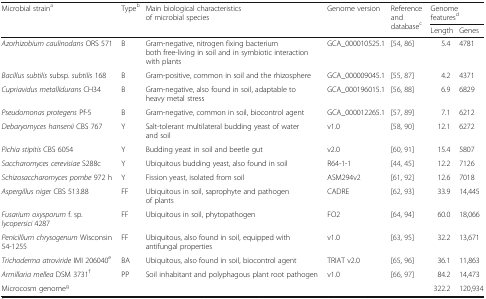
| <ROWSPAN=2> Microbial straina | <ROWSPAN=2> Typeb | <ROWSPAN=2> Main biological characteristics of microbial species | <ROWSPAN=2> Genome version | <ROWSPAN=2> Reference and databasec | <COLSPAN=2> Genome featuresd |
 | Length | Genes |
 | --- | --- | --- | --- | --- | --- | --- |
 | Azorhizobium caulinodans ORS 571 | B | Gram-negative, nitrogen fixing bacterium both free-living in soil and in symbiotic interaction with plants | GCA_000010525.1 | [54, 86] | 5.4 | 4781 |
 | Bacillus subtilis subsp. subtilis 168 | B | Gram-positive, common in soil and the rhizosphere | GCA_000009045.1 | [55, 87] | 4.2 | 4371 |
 | Cupriavidus metallidurans CH34 | B | Gram-negative, also found in soil, adaptable to heavy metal stress | GCA_000196015.1 | [56, 88] | 6.9 | 6829 |
 | Pseudomonas protegens Pf-5 | B | Gram-negative, common in soil, biocontrol agent | GCA_000012265.1 | [57, 89] | 7.1 | 6212 |
 | Debaryomyces hansenii CBS 767 | Y | Salt-tolerant multilateral budding yeast of water and soil | v1.0 | [58, 90] | 12.1 | 6272 |
 | Pichia stipitis CBS 6054 | Y | Budding yeast in soil and beetle gut | v2.0 | [60, 91] | 15.4 | 5807 |
 | Saccharomyces cerevisiae S288c | Y | Ubiquitous budding yeast, also found in soil | R64-1-1 | [44, 45] | 12.2 | 7126 |
 | Schizosaccharomyces pombe 972 h | Y | Fission yeast, isolated from soil | ASM294v2 | [61, 92] | 12.6 | 7018 |
 | Aspergillus niger CBS 513.88 | FF | Ubiquitous in soil, saprophyte and pathogen of plants | CADRE | [62, 93] | 33.9 | 14,445 |
 | Fusarium oxysporum f. sp. lycopersici 4287 | FF | Ubiquitous in soil, phytopathogen | FO2 | [64, 94] | 60.0 | 18,066 |
 | Penicillium chrysogenum Wisconsin 54-1255 | FF | Ubiquitous, also found in soil, equipped with antifungal properties | v1.0 | [63, 95] | 32.2 | 13,671 |
 | Trichoderma atroviride IMI 206040e | BA | Ubiquitous, also found in soil, biocontrol agent | TRIAT v2.0 | [65, 96] | 36.1 | 11,863 |
 | Armillaria mellea DSM 3731f | PP | Soil inhabitant and polyphagous plant root pathogen | v1.0 | [66, 97] | 84.2 | 14,473 |
 | Microcosm genomeg |  |  |  |  | 322.2 | 120,934 |